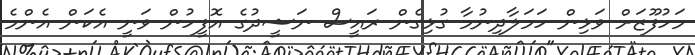
މަހުފޫޒަށް ވަޅިން ހަމަލާދިނުމާ ގުޅިގެން ރައީސް ނަޝީދުގެ އޮފީހުން ވަނީ އެކަން އެންމެ